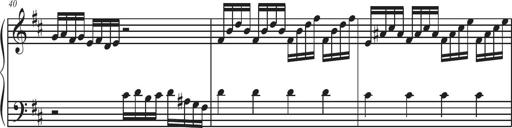
Title: Sonatina Espania
Composer: Jerald Franklin Archer
Key: Various